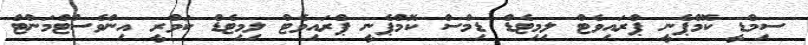
ސިމްޑީ ކޮމްޕެނީ ޕްރައިވެޓް ލިމިޓެޑް ޑިމްސް ކޮމްޕެނީ ޕްރައިވެޓް ލިމިޓެޑް ކަވްރީ އިންވެސްޓްމަންޓް